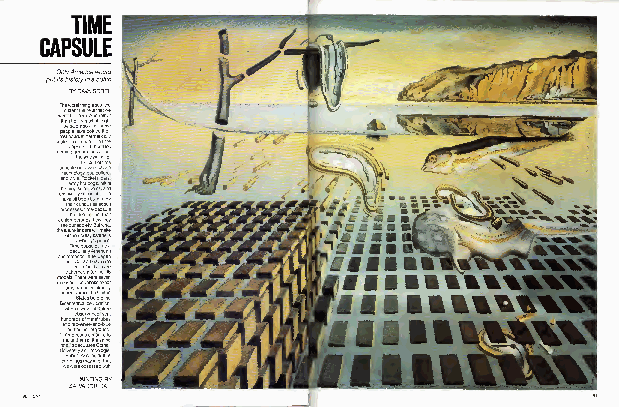
TIME
 CAPSULE
 OnlyAmericawould
 putitshistoryinacoffin
 BYDAVASOBEL
 sf tc mmpew ci he aoT c "o B Unpo a o ep s b rh Iat b hh j ese ah m nfid atn ae l unr e weh n a mub s aoa ts id fp cee i' e w Areo t no e oa t t a Rnd e ep te nu vi rat rv easct n ifd lep mc d ,n h ch oh its eano tw dnhh a yeu kc o e "g mel ot as eeis Tut m rb b p wt beto htdmnc ro l srra duf efi rps rea a sn ee rh nu i t e er i a se e lor . nou e ee r frpg em en eeo il si cv ige e im ds nl rpb a C T a o irn l ir sh i c ti nt des at tdud rt y elc St rt no st ce e ta c a nhn byt nr eas s yana cl - hu o sh dab sh tuT . co nio igf s c gai ra ey sua ihe h pe we e nvt l arc c en,r oh ns c w Ae ayv eu sii a oi u sor nb ear oR ob rh r i , hs ute e ii rdn ut st a l,ee m.a dc a newn l mbr s fre et so rei o sto a is eeu u no e as cnr s h p tde. la a avn th sn a s,c di vb ctu tsr rb p au T m als hdz tot hd st wr yyzeg t yca ek euwe fm eo st lyi a ey rt es e eA o , y l eeo ru .oc ts z b ur e b e il ot ltt eh ueh o -A' sn rtel orl so ha pln l ui g w tm el eer— h oa nst neu w st - sn aa hs ,s m aciB sc si pe gr heb f re s b tt bl u fsd .e te ta es lacs ne au lt nc oh eso ei e e-tt Croo o re. s, l ol is e, vg t "la dw U "su lti lie Jh d "i ord aw, tf dou e s rr ia n frhn tful eam w m s, p n -s m ra olda rc tbl a hcc ai ueat ue uuewtb tuee dt i ist i be g.tl tdi ant sz iao at wta r tt p tu nca o evh ho hr s bh sk tg nu l iai r ea toi ezl it hir uew Uh murtm ke di e aa en nBe au sa eeh o sl ud lhm nee rm n tllh ros ee trei n i ele S ,ie e. nn tn.d e d tt le sy ,t re heyte en ee teye a on.r e. yr il r s H'I if i1 l1 ll1 l
 PAINTINGBY
 SALVADORDALI